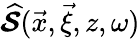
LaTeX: \widehat{\mathbfcal{S}}(\vec{x},\vec{\xi},z,\omega)